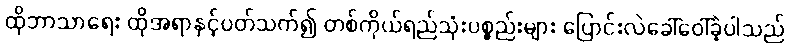
ထိုဘာသာရေး ထိုအရာနှင့်ပတ်သက်၍ တစ်ကိုယ်ရည်သုံးပစ္စည်းများ ပြောင်းလဲခေါ်ဝေါ်ခဲ့ပါသည်